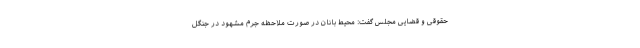
حقوقی و قضایی مجلس گفت: محیط بانان در صورت ملاحظه جرم مشهود در جنگل